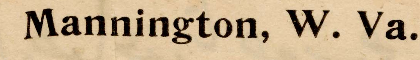
Mannington, W. Va.,